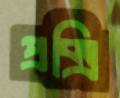
প্রক্সি